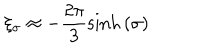
\xi _ { \sigma } \approx - \frac { 2 \pi } { 3 } \sinh { ( \sigma ) }